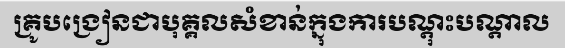
គ្រូបង្រៀនជាបុគ្គលសំខាន់ក្នុងការបណ្តុះបណ្តាល